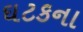
ઘટકના